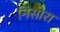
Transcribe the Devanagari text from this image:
निसोरा